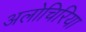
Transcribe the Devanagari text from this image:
अलोचिरिया